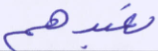
نعبدهم